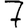
Digit: 7